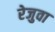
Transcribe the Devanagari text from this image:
रेजुवा